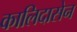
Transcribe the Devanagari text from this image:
कालिदासेन